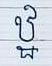
ឋ្ឋ